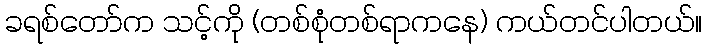
ခရစ်တော်က သင့်ကို (တစ်စုံတစ်ရာကနေ) ကယ်တင်ပါတယ်။